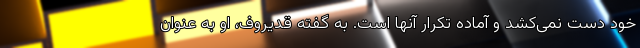
خود دست نمی‌کشد و آماده تکرار آنها است. به گفته قدیروف، او به عنوان